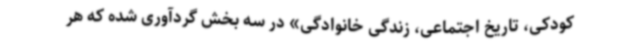
کودکی، تاریخ اجتماعی، زندگی خانوادگی» در سه بخش گردآوری شده که هر